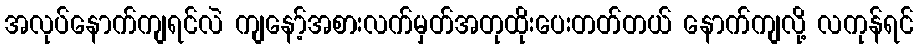
အလုပ်နောက်ကျရင်လဲ ကျနော့်အစားလက်မှတ်အတုထိုးပေးတတ်တယ် နောက်ကျလို့ လကုန်ရင်